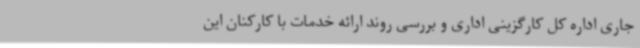
جاری اداره کل کارگزینی اداری و بررسی روند ارائه خدمات با کارکنان این